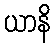
ယာနိ